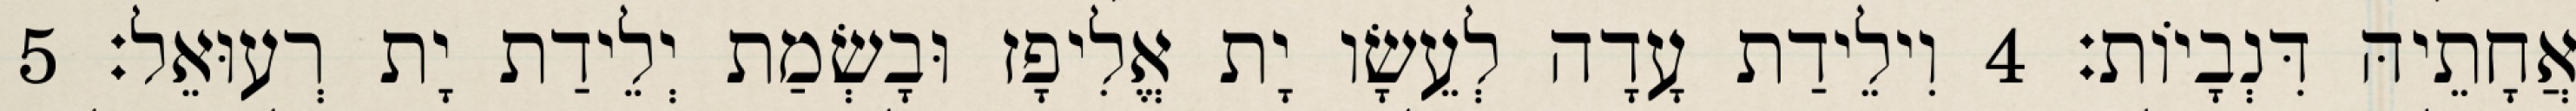
אֲחָתֵיהּ דִּנְבָיוֹת׃ 4 וִילֵידַת עָדָה לְעֵשָׂו יָת אֱלִיפָז וּבָשְׂמַת יְלֵידַת יָת רְעוּאֵל׃ 5